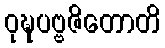
ဝုဍ္ဎပဗ္ဗဇိတောတိ